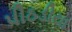
પીઠડીયા